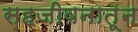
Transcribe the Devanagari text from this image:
सहजीवनातून